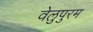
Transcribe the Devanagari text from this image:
वेलुपुरम